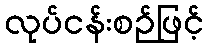
လုပ်ငန်းစဉ်ဖြင့်